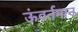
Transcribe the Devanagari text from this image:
ऊंवर्तमान